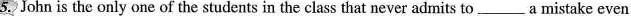
5. John is the only one of the students in the class that never admits to ___ a mistake even